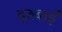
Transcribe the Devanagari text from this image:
दरुबाई